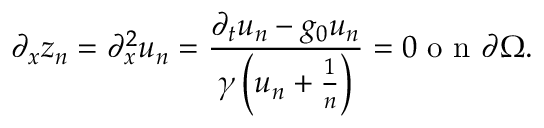
\partial _ { x } z _ { n } = \partial _ { x } ^ { 2 } u _ { n } = \frac { \partial _ { t } u _ { n } - g _ { 0 } u _ { n } } { \gamma \left( u _ { n } + \frac { 1 } { n } \right) } = 0 \mathrm { ~ o ~ n ~ } \partial \Omega .